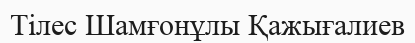
Тілес Шамғонұлы Қажығалиев